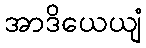
အာဒိယေယျံ